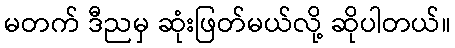
မတက် ဒီညမှ ဆုံးဖြတ်မယ်လို့ ဆိုပါတယ်။